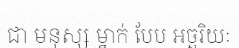
ជា មនុស្ស ម្នាក់ បែប អច្ឆរិយៈ